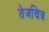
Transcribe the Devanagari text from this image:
तेजचित्र